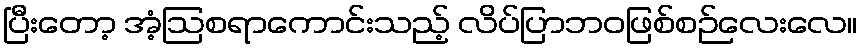
ပြီးတော့ အံ့ဩစရာကောင်းသည့် လိပ်ပြာဘဝဖြစ်စဉ်လေးလေ။